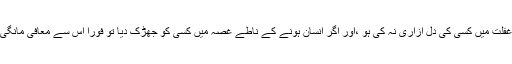
بڑے لوگوں کی یہ صفت ہوتی ہے کہ وہ اپنے ساتھیوں سے معافی مانگ لیتے ہیں کہ شاید کہیں غفلت میں کسی کی دل آزاری نہ کی ہو ،اور اگر انسان ہونے کے ناطے غصہ میں کسی کو جھڑک دیا تو فورا اس سے معافی مانگی اور معافی مانگے کا انداز بھی اس قدر عجیب ہوتا کہ خود بھی روتے اور اگلے کو بھی رلاتے ۔